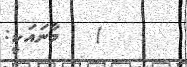
)   މާނައަކީ: